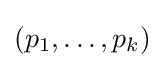
(p_{1},\ldots ,p_{k})